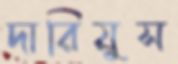
দারিয়ুস